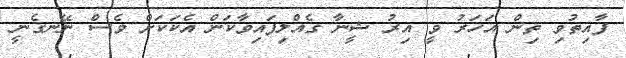
ފާއިތުވި ތިން އަހަރު ވީ އިރު ޝީނާ ގެއްލިފައިވާކަން އެކަކަށް ވެސް ނޭނގެނީ